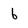
Character: b